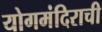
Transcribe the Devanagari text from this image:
योगमंदिराची